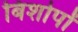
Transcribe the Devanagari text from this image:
बिशोपों